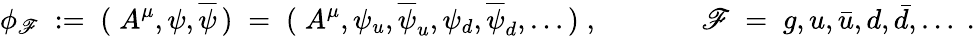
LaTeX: \phi_{\mathscr{F}}\; :=\; (\; A^{\mu},\psi,\overline{{{{\psi}}}}\, )\; =\; (\; A^{\mu},\psi_{u},\overline{{{{\psi}}}}_{u},\psi_{d},\overline{{{{\psi}}}}_{d},\ldots\, )\; ,\; \; \; \; \; \; \; \; \; \; \; \; \; \mathscr{F}\; =\; g,u,\bar{{u}},d,\bar{{d}},\ldots\; .